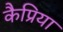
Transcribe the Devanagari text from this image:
कैप्रिया